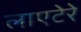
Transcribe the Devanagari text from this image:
लाएटेरे